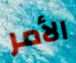
الأمر